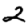
Digit: 2